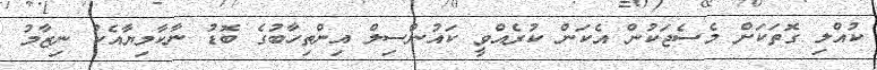
ކުއްލި ގޮތަކަށް މެސެޖަކުން އެކަން ކުރެއްވީ ކައުންސިލް އިންތިހާބުގެ ބޮޑު ނާކާމިޔާއެކު ނިޒާމު